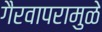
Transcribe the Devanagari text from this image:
गैरवापरामुळे